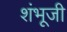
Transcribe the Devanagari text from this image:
शंभूजी